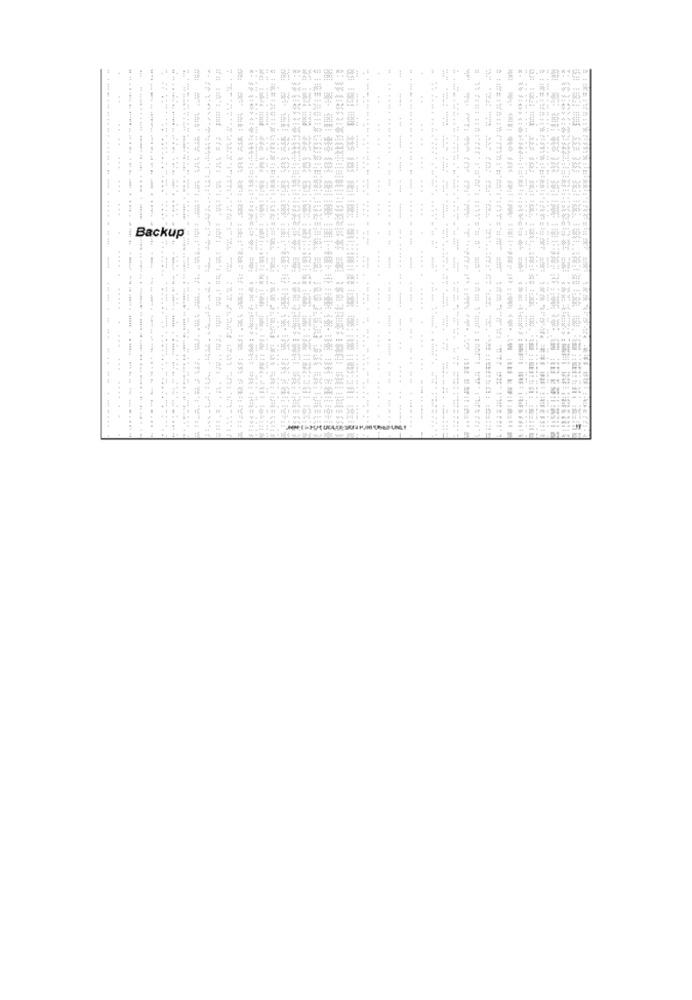
==
.
-
++
= ==
1.
.4
KISS2 ** >> **** 318 *****************<< >>
Backup:
ifi buh's miuf ffm Yhri th't ath' stati
味和市道 菜
tare as
十年 For
和技術に「衛定 :: \排排站主號 機:118 1105:111 18zl
uit tolin